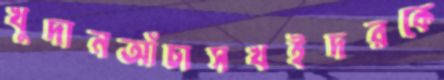
খুদানআঁচাসখইদরকে